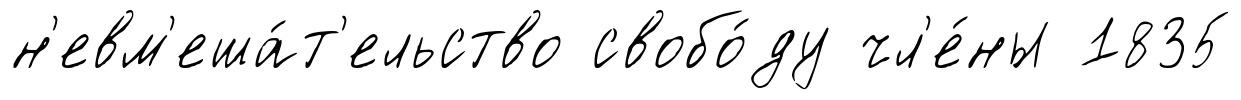
н'евм'еша́т'ельство свобо́ду чл'е́ны 1835